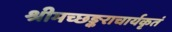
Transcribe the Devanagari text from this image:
श्रीमच्छङ्कराचार्यकृतं